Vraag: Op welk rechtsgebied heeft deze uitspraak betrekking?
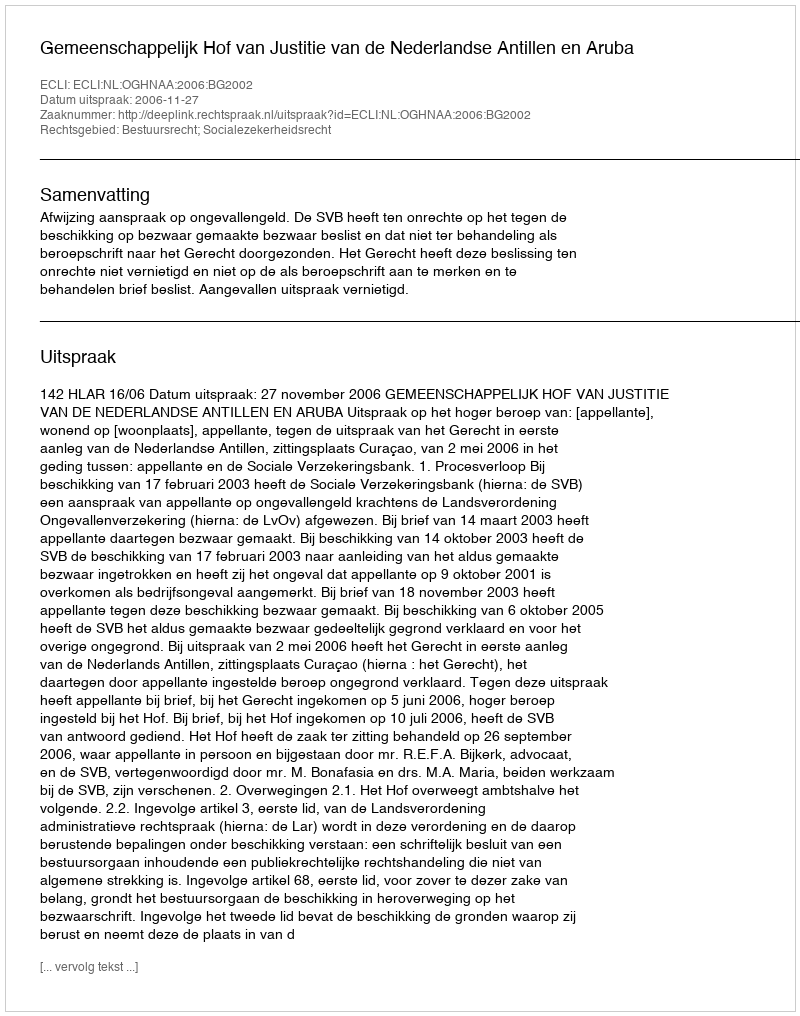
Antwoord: Bestuursrecht; Socialezekerheidsrecht